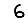
Digit: 6